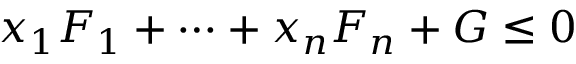
x _ { 1 } F _ { 1 } + \cdots + x _ { n } F _ { n } + G \leq 0